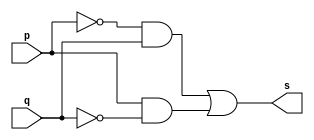
// ------------------------- 
// Exemplo0011 - xor 
// Nome: Oswaldo Oliveira Paulino
// ------------------------- 

// --------------------- 
// -- xor gate 
// --------------------- 

module xorgate (output s, input p, input q); 
	assign s = (~p & q) | (p & ~q); 
endmodule // xor

// --------------------- 
// -- test xorgate 
// --------------------- 

module testxorgate; 

// ------------------------- dados locais 
	reg a,b; // definir registrador 
	wire s; // definir conexao (fio) 
	
// ------------------------- instancia 
xorgate NOR1 (s, a, b); 

// ------------------------- preparacao 
initial begin:start 
	a=0;
	b=0;
end 

// ------------------------- parte principal 
initial begin:main 
	$display("Exemplo0011 - Oswaldo Oliveira Paulino - 382175"); 
	$display("Test xor gate"); 
	$display("\n a ^ b = s\n"); 
	$monitor(" %b ^ %b = %b", a, b, s); 
	#1 a=0; b=0; 
	#1 a=0; b=1; 
	#1 a=1; b=0; 
	#1 a=1; b=1; 
end 

endmodule // testxorgate 


// ------------------------------ documentacao complementar
/*
    Exemplo0011 - Oswaldo Oliveira Paulino - 382175
    Test xor gate
    
     a ^ b = s
    
     0 ^ 0 = 0
     0 ^ 1 = 1
     1 ^ 0 = 1
     1 ^ 1 = 0
*/